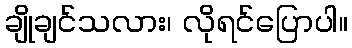
ချိုချင်သလား၊ လိုရင်ပြောပါ။